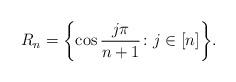
LaTeX: \begin{align*}R_n=\biggl\{\cos{j\pi\over n+1}\colon j\in[n]\biggr\}.\end{align*}